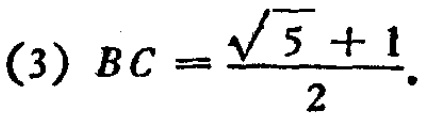
(3) \(BC = \frac{\sqrt{5} + 1}{2}\).